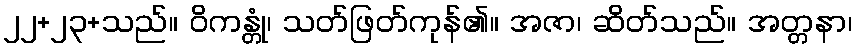
၂၂+၂၃+သည်။ ဝိကန္တုံ၊ သတ်ဖြတ်ကုန်၏။ အဇာ၊ ဆိတ်သည်။ အတ္တနာ၊